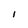
Character: I